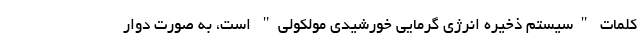
کلمات "سیستم ذخیره انرژی گرمایی خورشیدی مولکولی" است، به صورت دَوّار